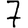
Digit: 7